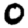
Digit: 0